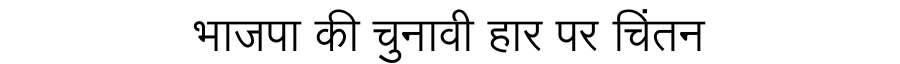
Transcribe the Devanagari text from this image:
भाजपा की चुनावी हार पर चिंतन